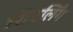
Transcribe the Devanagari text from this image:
शिवलिँग